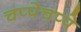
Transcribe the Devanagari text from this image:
चप्पेचप्पे